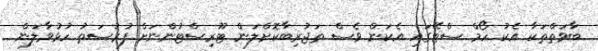
ބާވަތްތަކާ އެކު ހޯމް ސްޓޭގައި އެކަން ވެސް ތަޖުރިބާކޮށްލަން ޓޫރިސްޓުންނަށް ފުރުސަތު ހުޅުވާލަން